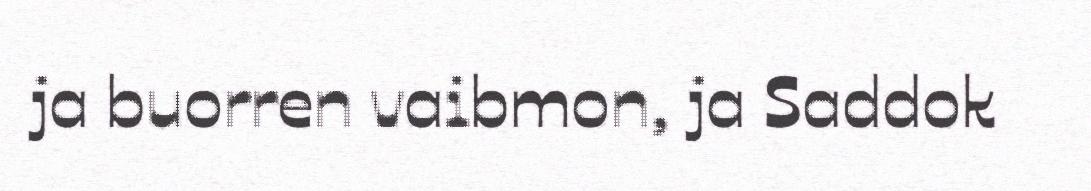
ja buorren vaibmon, ja Saddok